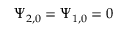
\Psi _ { 2 , 0 } = \Psi _ { 1 , 0 } = 0